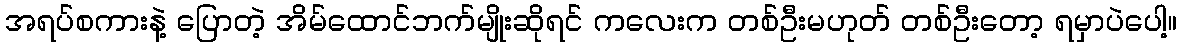
အရပ်စကားနဲ့ ပြောတဲ့ အိမ်ထောင်ဘက်မျိုးဆိုရင် ကလေးက တစ်ဦးမဟုတ် တစ်ဦးတော့ ရမှာပဲပေါ့။